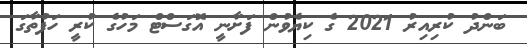
ބަންދު ކުރިއިރު 2021 ގެ ކިޔެވުން ފަށާނީ އޮގަސްޓް މަހުގެ ކުރީ ހަފުތާގަ